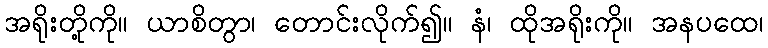
အရိုးတို့ကို။ ယာစိတွာ၊ တောင်းလိုက်၍။ နံ၊ ထိုအရိုးကို။ အနပထေ၊